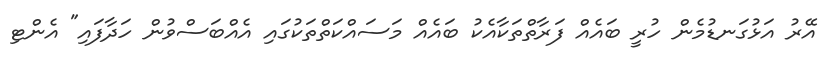
އޭރު އަޅުގަނޑުމެން ހުރީ ބައެއް ފަރާތްތަކާއެކު ބައެއް މަސައްކަތްތަކުގައި އެއްބަސްވުން ހަދާފައި" އެންޓި